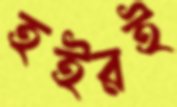
হইরই